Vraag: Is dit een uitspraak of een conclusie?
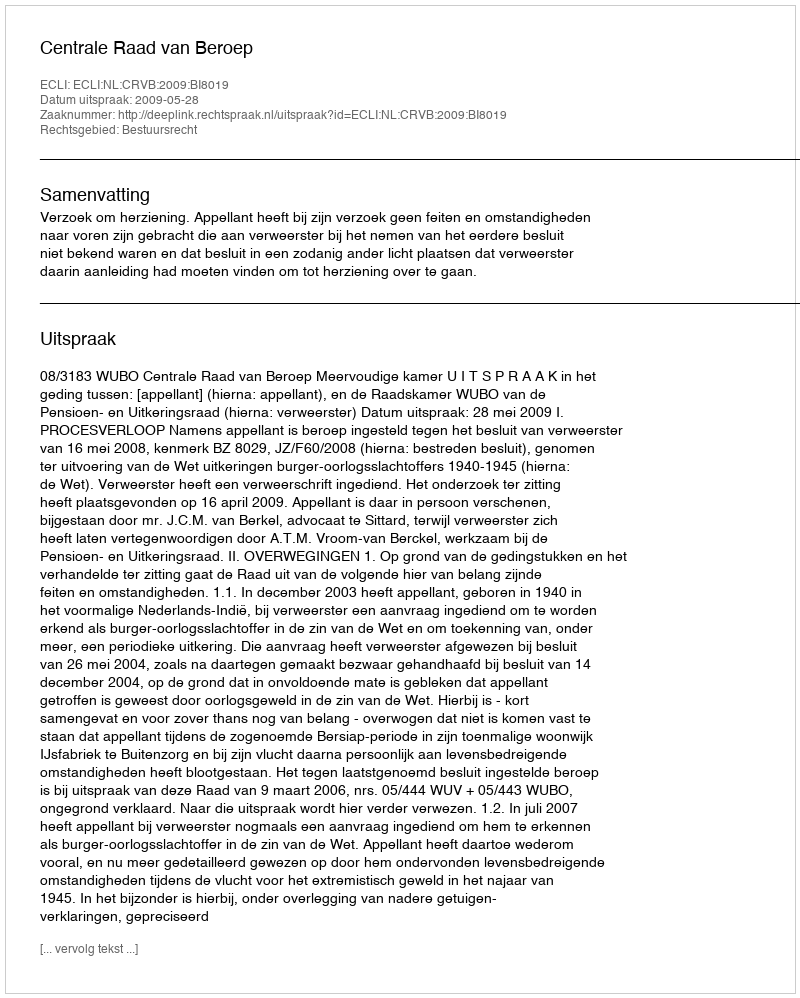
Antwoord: Uitspraak